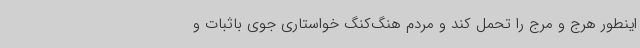
اینطور هرج و مرج را تحمل کند و مردم هنگ‌کنگ خواستاری جوی باثبات و